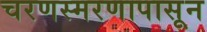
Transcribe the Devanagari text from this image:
चरणस्मरणापासून